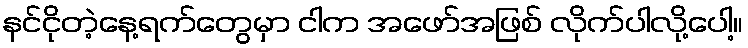
နင်ငိုတဲ့နေ့ရက်တွေမှာ ငါက အဖော်အဖြစ် လိုက်ပါလို့ပေါ့။